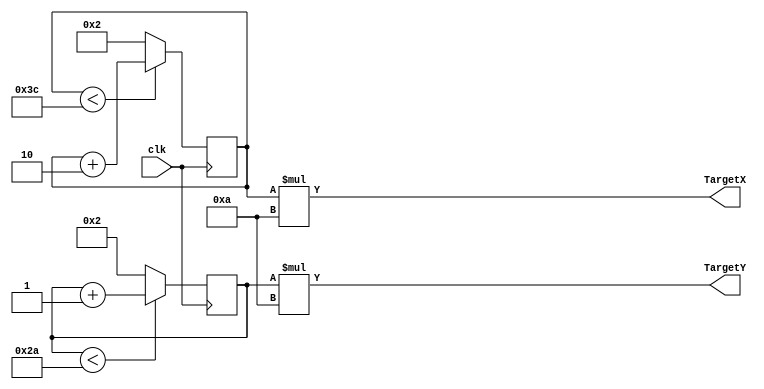
module LocateRandomApple(
    input clk,
    output [9:0] TargetX ,
    output [9:0] TargetY
);
parameter MaxX = 60;
parameter MaxY = 42;
parameter MinX = 2;
parameter MinY = 2;
reg[6:0] CounterX = 2;
reg[5:0] CounterY = 2;

    always@(posedge clk) begin
        if(CounterX<MaxX)
            CounterX <= CounterX+2; //640 - 4
        else
            CounterX <= 2;
        if(CounterY<MaxY)
            CounterY <= CounterY+1; //480 - 3
        else
            CounterY <= 2;
    end
 
    assign TargetX = CounterX*10;
    assign TargetY = CounterY*10;
   
endmodule


module SnakeGame(
    input clkTarget,
    input clkVGA,
    input mainCLK,
    input [9:0] h_cnt,
    input [9:0] v_cnt,
    input valid,
    input [2:0]CurState,
    output [3:0] vgaRed,
    output [3:0] vgaGreen,
    output [3:0] vgaBlue,
    output reg Consume = 1'b0,
    output reg [6:0] length = 4'd1,
    input reset
);



reg [3:0]CurRed = 4'b0000;
reg [3:0]CurGreen = 4'b0000;
reg [3:0]CurBlue = 4'b0000;

wire[9:0] RandomX;
wire[9:0] RandomY;

LocateRandomApple LRA1(clkTarget, RandomX, RandomY);

reg[9:0] AppleX;
reg[9:0] AppleY;

reg [9:0]SnakeXMemory[128-1:0];
reg [9:0]SnakeYMemory[128-1:0];
reg [9:0]SnakeXMemoryHead = 10'd300;
reg [9:0]SnakeYMemoryHead = 10'd300;
reg [6:0]SnakeXCounter;
reg [6:0]SnakeYCounter;
reg [6:0]SnakeCounter=0;
reg [6:0]SnakeOn1;
reg SnakeOn2[128-1:0]; //What Lenght its On.
reg [6:0]SnakeOnCounter=0; //For Iteration
reg [6:0]SnakeOnCounter2=0; //For Enable
reg Start = 1'b1;
reg FlagLoop;
reg FlagLoopFinish=0;
reg SnakeHeadLoc;
reg AppleLoc;
reg BorderLoc;
reg SnakeLoc;
reg BorderHit;
reg BodyCheck1;
reg BodyCheck2;
reg BodyCheck3;
reg BodyCheck4;
reg BodyCheck5;
reg BodyCheck6;
reg BodyCheck7;
reg BodyCheck8;
reg BodyCheck9;
reg BodyCheck10;
reg BodyCheck11;
reg BodyCheck12;
reg BodyCheck13;
reg BodyCheck14;
reg BodyCheck15;
reg BodyCheck16;
reg BodyCheck17;
reg BodyCheck18;
reg BodyCheck19;
reg BodyCheck20;
reg BodyCheck21;
reg BodyCheck22;
reg BodyCheck23;
reg BodyCheck24;
reg BodyCheck25;
reg BodyCheck26;
reg BodyCheck27;
reg BodyCheck28;
reg BodyCheck29;
reg BodyCheck30;
reg BodyCheck31;
reg BodyHit;
parameter SnakeStartingPointX=320;
parameter SnakeStartingPointY=240;
reg snakebody;

reg GameOverStatus = 1'b0;

always@(posedge mainCLK)begin
    //For Eating Own Body
        BodyCheck1 <= ((SnakeXMemory[0]==SnakeXMemory[1]) && (SnakeYMemory[0]==SnakeYMemory[1]) ) ? 1'b1 : 1'b0;
        BodyCheck2 <= ((SnakeXMemory[0]==SnakeXMemory[2]) && (SnakeYMemory[0]==SnakeYMemory[2]) ) ? 1'b1 : 1'b0;
        BodyCheck3 <= ((SnakeXMemory[0]==SnakeXMemory[3]) && (SnakeYMemory[0]==SnakeYMemory[3]) ) ? 1'b1 : 1'b0;
        BodyCheck4 <= ((SnakeXMemory[0]==SnakeXMemory[4]) && (SnakeYMemory[0]==SnakeYMemory[4]) ) ? 1'b1 : 1'b0;
        BodyCheck5 <= ((SnakeXMemory[0]==SnakeXMemory[5]) && (SnakeYMemory[0]==SnakeYMemory[5]) ) ? 1'b1 : 1'b0;
        BodyCheck6 <= ((SnakeXMemory[0]==SnakeXMemory[6]) && (SnakeYMemory[0]==SnakeYMemory[6]) ) ? 1'b1 : 1'b0;
        BodyCheck7 <= ((SnakeXMemory[0]==SnakeXMemory[7]) && (SnakeYMemory[0]==SnakeYMemory[7]) ) ? 1'b1 : 1'b0;
        BodyCheck8 <= ((SnakeXMemory[0]==SnakeXMemory[8]) && (SnakeYMemory[0]==SnakeYMemory[8]) ) ? 1'b1 : 1'b0;
        BodyCheck9 <= ((SnakeXMemory[0]==SnakeXMemory[9]) && (SnakeYMemory[0]==SnakeYMemory[9]) ) ? 1'b1 : 1'b0;
        BodyCheck10 <= ((SnakeXMemory[0]==SnakeXMemory[10]) && (SnakeYMemory[0]==SnakeYMemory[10]) ) ? 1'b1 : 1'b0;
        BodyCheck11 <= ((SnakeXMemory[0]==SnakeXMemory[11]) && (SnakeYMemory[0]==SnakeYMemory[11]) ) ? 1'b1 : 1'b0;
        BodyCheck12 <= ((SnakeXMemory[0]==SnakeXMemory[12]) && (SnakeYMemory[0]==SnakeYMemory[12]) ) ? 1'b1 : 1'b0;
        BodyCheck13 <= ((SnakeXMemory[0]==SnakeXMemory[13]) && (SnakeYMemory[0]==SnakeYMemory[13]) ) ? 1'b1 : 1'b0;
        BodyCheck14 <= ((SnakeXMemory[0]==SnakeXMemory[14]) && (SnakeYMemory[0]==SnakeYMemory[14]) ) ? 1'b1 : 1'b0;
        BodyCheck15 <= ((SnakeXMemory[0]==SnakeXMemory[15]) && (SnakeYMemory[0]==SnakeYMemory[15]) ) ? 1'b1 : 1'b0;
        BodyCheck16 <= ((SnakeXMemory[0]==SnakeXMemory[16]) && (SnakeYMemory[0]==SnakeYMemory[16]) ) ? 1'b1 : 1'b0;
        BodyCheck17 <= ((SnakeXMemory[0]==SnakeXMemory[17]) && (SnakeYMemory[0]==SnakeYMemory[17]) ) ? 1'b1 : 1'b0;
        BodyCheck18 <= ((SnakeXMemory[0]==SnakeXMemory[18]) && (SnakeYMemory[0]==SnakeYMemory[18]) ) ? 1'b1 : 1'b0;
        BodyCheck19 <= ((SnakeXMemory[0]==SnakeXMemory[19]) && (SnakeYMemory[0]==SnakeYMemory[19]) ) ? 1'b1 : 1'b0;
        BodyCheck20 <= ((SnakeXMemory[0]==SnakeXMemory[20]) && (SnakeYMemory[0]==SnakeYMemory[20]) ) ? 1'b1 : 1'b0;
        BodyCheck21 <= ((SnakeXMemory[0]==SnakeXMemory[21]) && (SnakeYMemory[0]==SnakeYMemory[21]) ) ? 1'b1 : 1'b0;
        BodyCheck22 <= ((SnakeXMemory[0]==SnakeXMemory[22]) && (SnakeYMemory[0]==SnakeYMemory[22]) ) ? 1'b1 : 1'b0;
        BodyCheck23 <= ((SnakeXMemory[0]==SnakeXMemory[23]) && (SnakeYMemory[0]==SnakeYMemory[23]) ) ? 1'b1 : 1'b0;
        BodyCheck24 <= ((SnakeXMemory[0]==SnakeXMemory[24]) && (SnakeYMemory[0]==SnakeYMemory[24]) ) ? 1'b1 : 1'b0;
        BodyCheck25 <= ((SnakeXMemory[0]==SnakeXMemory[25]) && (SnakeYMemory[0]==SnakeYMemory[25]) ) ? 1'b1 : 1'b0;
        BodyCheck26 <= ((SnakeXMemory[0]==SnakeXMemory[26]) && (SnakeYMemory[0]==SnakeYMemory[26]) ) ? 1'b1 : 1'b0;
        BodyCheck27 <= ((SnakeXMemory[0]==SnakeXMemory[27]) && (SnakeYMemory[0]==SnakeYMemory[27]) ) ? 1'b1 : 1'b0;
        BodyCheck28 <= ((SnakeXMemory[0]==SnakeXMemory[28]) && (SnakeYMemory[0]==SnakeYMemory[28]) ) ? 1'b1 : 1'b0;
        BodyCheck29 <= ((SnakeXMemory[0]==SnakeXMemory[29]) && (SnakeYMemory[0]==SnakeYMemory[29]) ) ? 1'b1 : 1'b0;
        BodyCheck30 <= ((SnakeXMemory[0]==SnakeXMemory[30]) && (SnakeYMemory[0]==SnakeYMemory[30]) ) ? 1'b1 : 1'b0;
        BodyCheck31 <= ((SnakeXMemory[0]==SnakeXMemory[31]) && (SnakeYMemory[0]==SnakeYMemory[31]) ) ? 1'b1 : 1'b0;
   end

always@(posedge clkVGA)begin
        SnakeHeadLoc <= ((SnakeXMemory[0]<=h_cnt) && (h_cnt < (SnakeXMemory[0]+10) )) && ((SnakeYMemory[0]<=v_cnt) && (v_cnt < (SnakeYMemory[0]+10) )) ? 1'b1 : 1'b0;
		AppleLoc <=  ( (h_cnt >= AppleX && h_cnt < (AppleX + 10)) &&  (v_cnt >= AppleY && v_cnt < (AppleY + 10)) ) ? 1'b1 : 1'b0;
		BorderLoc <= ((h_cnt<20) || (h_cnt>620) || (v_cnt<20) || (v_cnt>460)) ? 1'b1 : 1'b0;
		Consume <= SnakeHeadLoc && AppleLoc;
		BorderHit <= ((SnakeXMemory[0]<20) || (620 < SnakeXMemory[0]+10) || (SnakeYMemory[0]<20) || (460 < SnakeYMemory[0]+10)) ? 1'b1 : 1'b0;
		BodyHit <= ( BodyCheck1 || BodyCheck2 || BodyCheck3 || BodyCheck4 || BodyCheck5 || BodyCheck6 || BodyCheck7 || BodyCheck8 || BodyCheck9 || BodyCheck10 
		|| BodyCheck11 || BodyCheck12 || BodyCheck13 || BodyCheck14 || BodyCheck15 
		|| BodyCheck16 || BodyCheck17 || BodyCheck18 || BodyCheck19 || BodyCheck20 || BodyCheck21 || BodyCheck22 || BodyCheck23 || BodyCheck24 || BodyCheck25 
		|| BodyCheck26 || BodyCheck27 || BodyCheck28 || BodyCheck29 || BodyCheck30 || BodyCheck31
		) ? 1'b1 : 1'b0;

end
//assign Consume = SnakeHeadLoc && AppleLoc;

//For Consume Apple
reg consumeHandshake = 1'b1;
reg realConsume = 1'b0;
always@(posedge mainCLK)begin
    if( consumeHandshake == 1'b1)begin
        if (Consume == 1'b1)begin
            realConsume <= 1'b1;
        end else begin
            realConsume <= realConsume;
        end
    end else begin
        realConsume <= 1'b0;
    end
end


//For HitBorder & Body = Gameover
always@(posedge mainCLK)begin
    if(Start==1'b1 || reset == 1'b1)begin
        GameOverStatus<=1'b0;
    end
    else begin
        if(BorderHit==1'b1 || BodyHit==1'b1 || GameOverStatus==1'b1)begin
            GameOverStatus<=1'b1;
        end
        else begin
            GameOverStatus<=1'b0;
        end
    end
end

//Main Engine
always@(posedge clkTarget)begin
    if(Start==1'b1)begin
        AppleX<=10'd200;
        AppleY<=10'd100;
        SnakeXMemory[0] <= 10'd300;
        SnakeYMemory[0] <= 10'd300;
        Start<=0;
    end else if (reset == 1'b1)begin
        AppleX<=10'd200;
        AppleY<=10'd100;
        SnakeXMemory[0] <= 10'd300;
        SnakeYMemory[0] <= 10'd300;
        Start<=0;
        length <= 4'd1;
    end
    else begin

    if(realConsume == 1'b1)begin
            AppleX<=RandomX;
            AppleY<=RandomY;
            consumeHandshake <= 1'b0;
            length <= length + 1'b1;
            SnakeOn2[length]<=1'b1;
            
    end else begin
        consumeHandshake <= 1'b1;
    end        
        if(CurState==3'd0)begin//Up
            if(SnakeYMemory[0]<=10)
                SnakeYMemory[0]<=10;
            else
                SnakeYMemory[0] <= (SnakeYMemory[0] - 10);
        end
        else if(CurState==3'd1)begin//Down
            if(460<=SnakeYMemory[0])
                SnakeYMemory[0]<=460;
            else
                SnakeYMemory[0] <= (SnakeYMemory[0] + 10);
        end 
        else if(CurState==3'd2)begin//Left
            if(SnakeXMemory[0]<=10)
                SnakeXMemory[0]<=10;
            else
                SnakeXMemory[0] <= (SnakeXMemory[0] - 10);
        end 
        else begin//Right
            if(620<=SnakeXMemory[0])
                SnakeXMemory[0]<=620;
            else
                SnakeXMemory[0] <= (SnakeXMemory[0] + 10);
        end
    end

// testing
//AppleX<=RandomX;
//AppleY<=RandomY;
end

//Printing
always@(posedge clkVGA)begin
    
    if(valid) begin
        //Print Border
        if(((h_cnt<20) || (h_cnt>620) || (v_cnt<20) || (v_cnt>460)) ) begin
            if(GameOverStatus==1'b1)
                CurBlue<= 4'b0000;
            else
                CurBlue<= 4'b1111;
        end
        else begin
            CurBlue<=4'b0000;
        end
        
        //Print Apple
        if( BorderLoc==0&&((AppleX<=h_cnt) && (h_cnt<AppleX+10)) && ((AppleY<=v_cnt) && (v_cnt<AppleY+10)) ) begin
            CurRed<=4'b1111;
        end
        else begin
            if(GameOverStatus==1'b1)
                CurRed<= 4'b1111;
            else
                CurRed<= 4'b0000;  
        end
        
//        if( ((SnakeXMemory[0]+2<=h_cnt) && (h_cnt<SnakeXMemory[0]+12)) && ((SnakeYMemory[0]<=v_cnt) && (v_cnt<SnakeYMemory[0]+10)) || snakebody == 1'b1 )begin
        if( ((SnakeXMemory[0]<=h_cnt) && (h_cnt<SnakeXMemory[0]+10)) && ((SnakeYMemory[0]<=v_cnt) && (v_cnt<SnakeYMemory[0]+10)) || snakebody == 1'b1 )begin
            if(GameOverStatus==1'b1)
                CurGreen<= 4'b0000;
            else
                CurGreen <= 4'b1111;
        end else begin
            CurGreen <= 4'b0000;
        end
        
    end
    else begin
        CurRed <= 4'b0000;
        CurBlue <= 4'b0000;
        CurGreen <= 4'b0000;
    end
end


//Testing: If not Reg
assign vgaRed = CurRed;
assign vgaGreen = CurGreen;
assign vgaBlue = CurBlue;


/////////////////////////////////////////BODY UPDATE///////////////////////////////////////////


always@(posedge clkTarget)begin
    if(reset == 1'b1)begin
        SnakeXMemory[1] <= 10'd700;
        SnakeYMemory[1] <= 10'd700;
        SnakeXMemory[2] <= 10'd700;
        SnakeYMemory[2] <= 10'd700;
        SnakeXMemory[3] <= 10'd700;
        SnakeYMemory[3] <= 10'd700;
        SnakeXMemory[4] <= 10'd700;
        SnakeYMemory[4] <= 10'd700;
        SnakeXMemory[5] <= 10'd700;
        SnakeYMemory[5] <= 10'd700;
        SnakeXMemory[6] <= 10'd700;
        SnakeYMemory[6] <= 10'd700;
        SnakeXMemory[7] <= 10'd700;
        SnakeYMemory[7] <= 10'd700;
        SnakeXMemory[8] <= 10'd700;
        SnakeYMemory[8] <= 10'd700;
        SnakeXMemory[9] <= 10'd700;
        SnakeYMemory[9] <= 10'd700;
        SnakeXMemory[10] <= 10'd700;
        SnakeYMemory[10] <= 10'd700;
        SnakeXMemory[11] <= 10'd700;
        SnakeYMemory[11] <= 10'd700;
        SnakeXMemory[12] <= 10'd700;
        SnakeYMemory[12] <= 10'd700;
        SnakeXMemory[13] <= 10'd700;
        SnakeYMemory[13] <= 10'd700;
        SnakeXMemory[14] <= 10'd700;
        SnakeYMemory[14] <= 10'd700;
        SnakeXMemory[15] <= 10'd700;
        SnakeYMemory[15] <= 10'd700;
        SnakeXMemory[16] <= 10'd700;
        SnakeYMemory[16] <= 10'd700;
        SnakeXMemory[17] <= 10'd700;
        SnakeYMemory[17] <= 10'd700;
        SnakeXMemory[18] <= 10'd700;
        SnakeYMemory[18] <= 10'd700;
        SnakeXMemory[19] <= 10'd700;
        SnakeYMemory[19] <= 10'd700;
        SnakeXMemory[20] <= 10'd700;
        SnakeYMemory[20] <= 10'd700;
        SnakeXMemory[21] <= 10'd700;
        SnakeYMemory[21] <= 10'd700;
        SnakeXMemory[22] <= 10'd700;
        SnakeYMemory[22] <= 10'd700;
        SnakeXMemory[23] <= 10'd700;
        SnakeYMemory[23] <= 10'd700;
        SnakeXMemory[24] <= 10'd700;
        SnakeYMemory[24] <= 10'd700;
        SnakeXMemory[25] <= 10'd700;
        SnakeYMemory[25] <= 10'd700;
        SnakeXMemory[26] <= 10'd700;
        SnakeYMemory[26] <= 10'd700;
        SnakeXMemory[27] <= 10'd700;
        SnakeYMemory[27] <= 10'd700;
        SnakeXMemory[28] <= 10'd700;
        SnakeYMemory[28] <= 10'd700;
        SnakeXMemory[29] <= 10'd700;
        SnakeYMemory[29] <= 10'd700;
        SnakeXMemory[30] <= 10'd700;
        SnakeYMemory[30] <= 10'd700;
        SnakeXMemory[31] <= 10'd700;
        SnakeYMemory[31] <= 10'd700;
    end
    else begin
        if (length >= 2) begin
            SnakeXMemory[1] <= SnakeXMemory[0];
            SnakeYMemory[1] <= SnakeYMemory[0];
        end
        if (length >= 3) begin
            SnakeXMemory[2] <= SnakeXMemory[1];
            SnakeYMemory[2] <= SnakeYMemory[1];
        end
        if (length >= 4) begin
            SnakeXMemory[3] <= SnakeXMemory[2];
            SnakeYMemory[3] <= SnakeYMemory[2];
        end
        if (length >= 5) begin
            SnakeXMemory[4] <= SnakeXMemory[3];
            SnakeYMemory[4] <= SnakeYMemory[3];
        end
        if (length >= 6) begin
            SnakeXMemory[5] <= SnakeXMemory[4];
            SnakeYMemory[5] <= SnakeYMemory[4];
        end
        if (length >= 7) begin
            SnakeXMemory[6] <= SnakeXMemory[5];
            SnakeYMemory[6] <= SnakeYMemory[5];
        end
        if (length >= 8) begin
            SnakeXMemory[7] <= SnakeXMemory[6];
            SnakeYMemory[7] <= SnakeYMemory[6];
        end
        if (length >= 9) begin
            SnakeXMemory[8] <= SnakeXMemory[7];
            SnakeYMemory[8] <= SnakeYMemory[7];
        end
        if (length >= 10) begin
            SnakeXMemory[9] <= SnakeXMemory[8];
            SnakeYMemory[9] <= SnakeYMemory[8];
        end
        if (length >= 11) begin
            SnakeXMemory[10] <= SnakeXMemory[9];
            SnakeYMemory[10] <= SnakeYMemory[9];
        end
        if (length >= 12) begin
            SnakeXMemory[11] <= SnakeXMemory[10];
            SnakeYMemory[11] <= SnakeYMemory[10];
        end
        if (length >= 13) begin
            SnakeXMemory[12] <= SnakeXMemory[11];
            SnakeYMemory[12] <= SnakeYMemory[11];
        end
        if (length >= 14) begin
            SnakeXMemory[13] <= SnakeXMemory[12];
            SnakeYMemory[13] <= SnakeYMemory[12];
        end
        if (length >= 15) begin
            SnakeXMemory[14] <= SnakeXMemory[13];
            SnakeYMemory[14] <= SnakeYMemory[13];
        end
        if (length >= 16) begin
            SnakeXMemory[15] <= SnakeXMemory[14];
            SnakeYMemory[15] <= SnakeYMemory[14];
        end
        if (length >= 17) begin
            SnakeXMemory[16] <= SnakeXMemory[15];
            SnakeYMemory[16] <= SnakeYMemory[15];
        end
        if (length >= 18) begin
            SnakeXMemory[17] <= SnakeXMemory[16];
            SnakeYMemory[17] <= SnakeYMemory[16];
        end
        if (length >= 19) begin
            SnakeXMemory[18] <= SnakeXMemory[17];
            SnakeYMemory[18] <= SnakeYMemory[17];
        end
        if (length >= 20) begin
            SnakeXMemory[19] <= SnakeXMemory[18];
            SnakeYMemory[19] <= SnakeYMemory[18];
        end
        if (length >= 21) begin
            SnakeXMemory[20] <= SnakeXMemory[19];
            SnakeYMemory[20] <= SnakeYMemory[19];
        end
        if (length >= 22) begin
            SnakeXMemory[21] <= SnakeXMemory[20];
            SnakeYMemory[21] <= SnakeYMemory[20];
        end
        if (length >= 23) begin
            SnakeXMemory[22] <= SnakeXMemory[21];
            SnakeYMemory[22] <= SnakeYMemory[21];
        end
        if (length >= 24) begin
            SnakeXMemory[23] <= SnakeXMemory[22];
            SnakeYMemory[23] <= SnakeYMemory[22];
        end
        if (length >= 25) begin
            SnakeXMemory[24] <= SnakeXMemory[23];
            SnakeYMemory[24] <= SnakeYMemory[23];
        end
        if (length >= 26) begin
            SnakeXMemory[25] <= SnakeXMemory[24];
            SnakeYMemory[25] <= SnakeYMemory[24];
        end
        if (length >= 27) begin
            SnakeXMemory[26] <= SnakeXMemory[25];
            SnakeYMemory[26] <= SnakeYMemory[25];
        end
        if (length >= 29) begin
            SnakeXMemory[27] <= SnakeXMemory[26];
            SnakeYMemory[27] <= SnakeYMemory[26];
        end
        if (length >= 29) begin
            SnakeXMemory[28] <= SnakeXMemory[27];
            SnakeYMemory[28] <= SnakeYMemory[27];
        end
        if (length >= 30) begin
            SnakeXMemory[29] <= SnakeXMemory[28];
            SnakeYMemory[29] <= SnakeYMemory[28];
        end
        if (length >= 31) begin
            SnakeXMemory[30] <= SnakeXMemory[29];
            SnakeYMemory[30] <= SnakeYMemory[29];
        end
        if (length >= 32) begin
            SnakeXMemory[31] <= SnakeXMemory[30];
            SnakeYMemory[31] <= SnakeYMemory[30];
        end
    end
end


////////////////////////////////////////////////////////////////////////////////////////////////

/////////////BODY DETECTOR///////////////////////////////////////////////////
reg snakebody1;
reg snakebody2;
reg snakebody3;
reg snakebody4;
reg snakebody5;
reg snakebody6;
reg snakebody7;
reg snakebody8;
reg snakebody9;
reg snakebody10;
reg snakebody11;
reg snakebody12;
reg snakebody13;
reg snakebody14;
reg snakebody15;
reg snakebody16;
reg snakebody17;
reg snakebody18;
reg snakebody19;
reg snakebody20;
reg snakebody21;
reg snakebody22;
reg snakebody23;
reg snakebody24;
reg snakebody25;
reg snakebody26;
reg snakebody27;
reg snakebody28;
reg snakebody29;
reg snakebody30;
reg snakebody31;


always@(posedge clkVGA)begin
    snakebody1 <= (length >= 2 && SnakeOn2[1]&& ((SnakeXMemory[1]-2 <= h_cnt) && (h_cnt < SnakeXMemory[1] + 10-2)) && ((SnakeYMemory[1] <= v_cnt) && (v_cnt < SnakeYMemory[1] + 10)) ) ? 1'b1 : 1'b0;
    snakebody2 <= (length >= 3 && SnakeOn2[2]&& ((SnakeXMemory[2]-2 <= h_cnt) && (h_cnt < SnakeXMemory[2] + 10-2)) && ((SnakeYMemory[2] <= v_cnt) && (v_cnt < SnakeYMemory[2] + 10)) ) ? 1'b1 : 1'b0;
    snakebody3 <= (length >= 4 && SnakeOn2[3]&& ((SnakeXMemory[3]-2 <= h_cnt) && (h_cnt < SnakeXMemory[3] + 10-2)) && ((SnakeYMemory[3] <= v_cnt) && (v_cnt < SnakeYMemory[3] + 10)) ) ? 1'b1 : 1'b0;
    snakebody4 <= (length >= 5 && SnakeOn2[4]&& ((SnakeXMemory[4]-2 <= h_cnt) && (h_cnt < SnakeXMemory[4] + 10-2)) && ((SnakeYMemory[4] <= v_cnt) && (v_cnt < SnakeYMemory[4] + 10)) ) ? 1'b1 : 1'b0;
    snakebody5 <= (length >= 6 && SnakeOn2[5]&& ((SnakeXMemory[5]-2 <= h_cnt) && (h_cnt < SnakeXMemory[5] + 10-2)) && ((SnakeYMemory[5] <= v_cnt) && (v_cnt < SnakeYMemory[5] + 10)) ) ? 1'b1 : 1'b0;
    snakebody6 <= (length >= 7 && SnakeOn2[6]&& ((SnakeXMemory[6]-2 <= h_cnt) && (h_cnt < SnakeXMemory[6] + 10-2)) && ((SnakeYMemory[6] <= v_cnt) && (v_cnt < SnakeYMemory[6] + 10)) ) ? 1'b1 : 1'b0;
    snakebody7 <= (length >= 8 && SnakeOn2[7]&& ((SnakeXMemory[7]-2 <= h_cnt) && (h_cnt < SnakeXMemory[7] + 10-2)) && ((SnakeYMemory[7] <= v_cnt) && (v_cnt < SnakeYMemory[7] + 10)) ) ? 1'b1 : 1'b0;
    snakebody8 <= (length >= 9 && SnakeOn2[8]&& ((SnakeXMemory[8]-2 <= h_cnt) && (h_cnt < SnakeXMemory[8] + 10-2)) && ((SnakeYMemory[8] <= v_cnt) && (v_cnt < SnakeYMemory[8] + 10)) ) ? 1'b1 : 1'b0;
    snakebody9 <= (length >= 10 && SnakeOn2[9]&& ((SnakeXMemory[9]-2 <= h_cnt) && (h_cnt < SnakeXMemory[9] + 10-2)) && ((SnakeYMemory[9] <= v_cnt) && (v_cnt < SnakeYMemory[9] + 10)) ) ? 1'b1 : 1'b0;
    snakebody10 <= (length >= 11 && SnakeOn2[10]&& ((SnakeXMemory[10]-2 <= h_cnt) && (h_cnt < SnakeXMemory[10] + 10-2)) && ((SnakeYMemory[10] <= v_cnt) && (v_cnt < SnakeYMemory[10] + 10)) ) ? 1'b1 : 1'b0;
    snakebody11 <= (length >= 12 && SnakeOn2[11]&& ((SnakeXMemory[11]-2 <= h_cnt) && (h_cnt < SnakeXMemory[11] + 10-2)) && ((SnakeYMemory[11] <= v_cnt) && (v_cnt < SnakeYMemory[11] + 10)) ) ? 1'b1 : 1'b0;
    snakebody12 <= (length >= 13 && SnakeOn2[12]&& ((SnakeXMemory[12]-2 <= h_cnt) && (h_cnt < SnakeXMemory[12] + 10-2)) && ((SnakeYMemory[12] <= v_cnt) && (v_cnt < SnakeYMemory[12] + 10)) ) ? 1'b1 : 1'b0;
    snakebody13 <= (length >= 14 && SnakeOn2[13]&& ((SnakeXMemory[13]-2 <= h_cnt) && (h_cnt < SnakeXMemory[13] + 10-2)) && ((SnakeYMemory[13] <= v_cnt) && (v_cnt < SnakeYMemory[13] + 10)) ) ? 1'b1 : 1'b0;
    snakebody14 <= (length >= 15 && SnakeOn2[14]&& ((SnakeXMemory[14]-2 <= h_cnt) && (h_cnt < SnakeXMemory[14] + 10-2)) && ((SnakeYMemory[14] <= v_cnt) && (v_cnt < SnakeYMemory[14] + 10)) ) ? 1'b1 : 1'b0;
    snakebody15 <= (length >= 16 && SnakeOn2[15]&& ((SnakeXMemory[15]-2 <= h_cnt) && (h_cnt < SnakeXMemory[15] + 10-2)) && ((SnakeYMemory[15] <= v_cnt) && (v_cnt < SnakeYMemory[15] + 10)) ) ? 1'b1 : 1'b0;
    
    snakebody16 <= (length >= 17 && SnakeOn2[16]&& ((SnakeXMemory[16]-2 <= h_cnt) && (h_cnt < SnakeXMemory[16] + 10-2)) && ((SnakeYMemory[16] <= v_cnt) && (v_cnt < SnakeYMemory[16] + 10)) ) ? 1'b1 : 1'b0;
    snakebody17 <= (length >= 18 && SnakeOn2[17]&& ((SnakeXMemory[17]-2 <= h_cnt) && (h_cnt < SnakeXMemory[17] + 10-2)) && ((SnakeYMemory[17] <= v_cnt) && (v_cnt < SnakeYMemory[17] + 10)) ) ? 1'b1 : 1'b0;
    snakebody18 <= (length >= 19 && SnakeOn2[18]&& ((SnakeXMemory[18]-2 <= h_cnt) && (h_cnt < SnakeXMemory[18] + 10-2)) && ((SnakeYMemory[18] <= v_cnt) && (v_cnt < SnakeYMemory[18] + 10)) ) ? 1'b1 : 1'b0;
    snakebody19 <= (length >= 20 && SnakeOn2[19]&& ((SnakeXMemory[19]-2 <= h_cnt) && (h_cnt < SnakeXMemory[19] + 10-2)) && ((SnakeYMemory[19] <= v_cnt) && (v_cnt < SnakeYMemory[19] + 10)) ) ? 1'b1 : 1'b0;
    snakebody20 <= (length >= 21 && SnakeOn2[20]&& ((SnakeXMemory[20]-2 <= h_cnt) && (h_cnt < SnakeXMemory[20] + 10-2)) && ((SnakeYMemory[20] <= v_cnt) && (v_cnt < SnakeYMemory[20] + 10)) ) ? 1'b1 : 1'b0;
    snakebody21 <= (length >= 22 && SnakeOn2[21]&& ((SnakeXMemory[21]-2 <= h_cnt) && (h_cnt < SnakeXMemory[21] + 10-2)) && ((SnakeYMemory[21] <= v_cnt) && (v_cnt < SnakeYMemory[21] + 10)) ) ? 1'b1 : 1'b0;
    snakebody22 <= (length >= 23 && SnakeOn2[22]&& ((SnakeXMemory[22]-2 <= h_cnt) && (h_cnt < SnakeXMemory[22] + 10-2)) && ((SnakeYMemory[22] <= v_cnt) && (v_cnt < SnakeYMemory[22] + 10)) ) ? 1'b1 : 1'b0;
    snakebody23 <= (length >= 24 && SnakeOn2[23]&& ((SnakeXMemory[23]-2 <= h_cnt) && (h_cnt < SnakeXMemory[23] + 10-2)) && ((SnakeYMemory[23] <= v_cnt) && (v_cnt < SnakeYMemory[23] + 10)) ) ? 1'b1 : 1'b0;
    snakebody24 <= (length >= 25 && SnakeOn2[24]&& ((SnakeXMemory[24]-2 <= h_cnt) && (h_cnt < SnakeXMemory[24] + 10-2)) && ((SnakeYMemory[24] <= v_cnt) && (v_cnt < SnakeYMemory[24] + 10)) ) ? 1'b1 : 1'b0;
    snakebody25 <= (length >= 26 && SnakeOn2[25]&& ((SnakeXMemory[25]-2 <= h_cnt) && (h_cnt < SnakeXMemory[25] + 10-2)) && ((SnakeYMemory[25] <= v_cnt) && (v_cnt < SnakeYMemory[25] + 10)) ) ? 1'b1 : 1'b0;
    snakebody26 <= (length >= 27 && SnakeOn2[26]&& ((SnakeXMemory[26]-2 <= h_cnt) && (h_cnt < SnakeXMemory[26] + 10-2)) && ((SnakeYMemory[26] <= v_cnt) && (v_cnt < SnakeYMemory[26] + 10)) ) ? 1'b1 : 1'b0;
    snakebody27 <= (length >= 28 && SnakeOn2[27]&& ((SnakeXMemory[27]-2 <= h_cnt) && (h_cnt < SnakeXMemory[27] + 10-2)) && ((SnakeYMemory[27] <= v_cnt) && (v_cnt < SnakeYMemory[27] + 10)) ) ? 1'b1 : 1'b0;
    snakebody28 <= (length >= 29 && SnakeOn2[28]&& ((SnakeXMemory[28]-2 <= h_cnt) && (h_cnt < SnakeXMemory[28] + 10-2)) && ((SnakeYMemory[28] <= v_cnt) && (v_cnt < SnakeYMemory[28] + 10)) ) ? 1'b1 : 1'b0;
    snakebody29 <= (length >= 30 && SnakeOn2[29]&& ((SnakeXMemory[29]-2 <= h_cnt) && (h_cnt < SnakeXMemory[29] + 10-2)) && ((SnakeYMemory[29] <= v_cnt) && (v_cnt < SnakeYMemory[29] + 10)) ) ? 1'b1 : 1'b0;
    snakebody30 <= (length >= 31 && SnakeOn2[30]&& ((SnakeXMemory[30]-2 <= h_cnt) && (h_cnt < SnakeXMemory[30] + 10-2)) && ((SnakeYMemory[30] <= v_cnt) && (v_cnt < SnakeYMemory[30] + 10)) ) ? 1'b1 : 1'b0;
    snakebody31 <= (length >= 32 && SnakeOn2[31]&& ((SnakeXMemory[31]-2 <= h_cnt) && (h_cnt < SnakeXMemory[31] + 10-2)) && ((SnakeYMemory[31] <= v_cnt) && (v_cnt < SnakeYMemory[31] + 10)) ) ? 1'b1 : 1'b0;
    snakebody <= (snakebody1 || snakebody2 || snakebody3 || snakebody4 || snakebody5 || snakebody6 || snakebody7 || snakebody8 || snakebody9 || snakebody10 || snakebody11 || snakebody12 || snakebody13 || snakebody14 || snakebody15
    || snakebody16 || snakebody17 || snakebody18 || snakebody19 || snakebody20 || snakebody21 || snakebody22 || snakebody23 || snakebody24 || snakebody25 
    || snakebody26 || snakebody27 || snakebody28 || snakebody29 || snakebody30 || snakebody31
    ) ? 1'b1 : 1'b0;
    
end

/////////////////////////////////////////////////////////////////////////////////////
             
endmodule


module direction_SG(clk,w,a,s,d,state,length,r,reset);
input clk,w,a,s,d,r;
output reset;
reg reset = 1'b0;
input [3:0] length;
parameter [2:0] up = 3'b0;
parameter [2:0] down = 3'd1;
parameter [2:0] left = 3'd2;
parameter [2:0] right = 3'd3;
output reg [2:0] state = up;
always@(posedge clk)begin
    if(w == 1'b1 && s == 1'b0 && a == 1'b0 && d == 1'b0 && r == 1'b0 )begin
        reset <= 1'b0;
        if(state != down || length == 1) begin
            state <= up;
        end else begin 
            state <= state;
        end
    end else if ( s == 1'b1 && w == 1'b0 && a == 1'b0 && d == 1'b0 && r == 1'b0 ) begin
        reset <= 1'b0;
        if(state != up || length == 1)begin
            state <= down;
        end else begin
            state <= state;
        end
    end else if ( a == 1'b1 && w == 1'b0 && s == 1'b0 && d == 1'b0 && r == 1'b0 ) begin
        reset <= 1'b0;
        if(state != right || length == 1)begin
            state <= left;
        end else begin
            state <= state;
        end
        
    end else if ( d == 1'b1 && w == 1'b0 && s == 1'b0 && a == 1'b0 && r == 1'b0 ) begin
        reset <= 1'b0;
        if(state != left || length == 1)begin
            state <= right;
        end else begin
            state <= state;
        end
    end else if ( r == 1'b1 && w == 1'b0 && s == 1'b0 && a == 1'b0 && d == 1'b0) begin
        reset <= 1'b1;
    end else begin
        reset <= 1'b0;
        state <= state;
    end 
end

endmodule